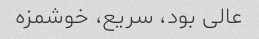
عالی بود، سریع، خوشمزه